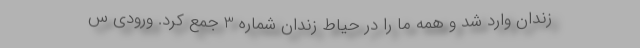
زندان وارد شد و همه ما را در حیاط زندان شماره 3 جمع كرد. ‌ورودی س